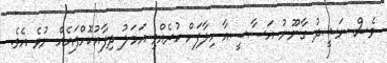
ވެސް ނަޝީދު ގާނޫނު އަސާސީއާ ހިލާފަށް ކުރެއްވި އަމަލު ދިފާއުކޮށްފައެއް ނުވެ އެވެ.